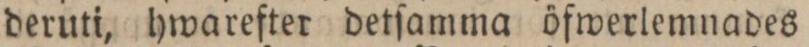
deruti, hwarefter detſamma öfwerlemnades